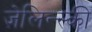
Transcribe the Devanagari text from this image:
ज़ेलिन्स्की